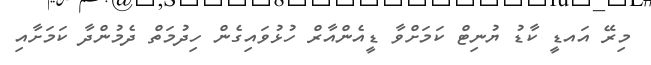
މިރޭ އައޑީ ކާޑު ޔުނިޓް ކަމަށްވާ ޑީއެންއާރް ހުޅުވައިގެން ހިދުމަތް ދެމުންދާ ކަމަށާއި